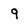
Character: q